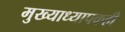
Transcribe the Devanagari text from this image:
मुख्याध्यापकही